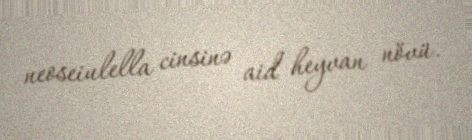
neoseiulella cinsinə aid heyvan növü.